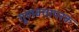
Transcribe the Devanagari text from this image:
गुणवत्तापरक